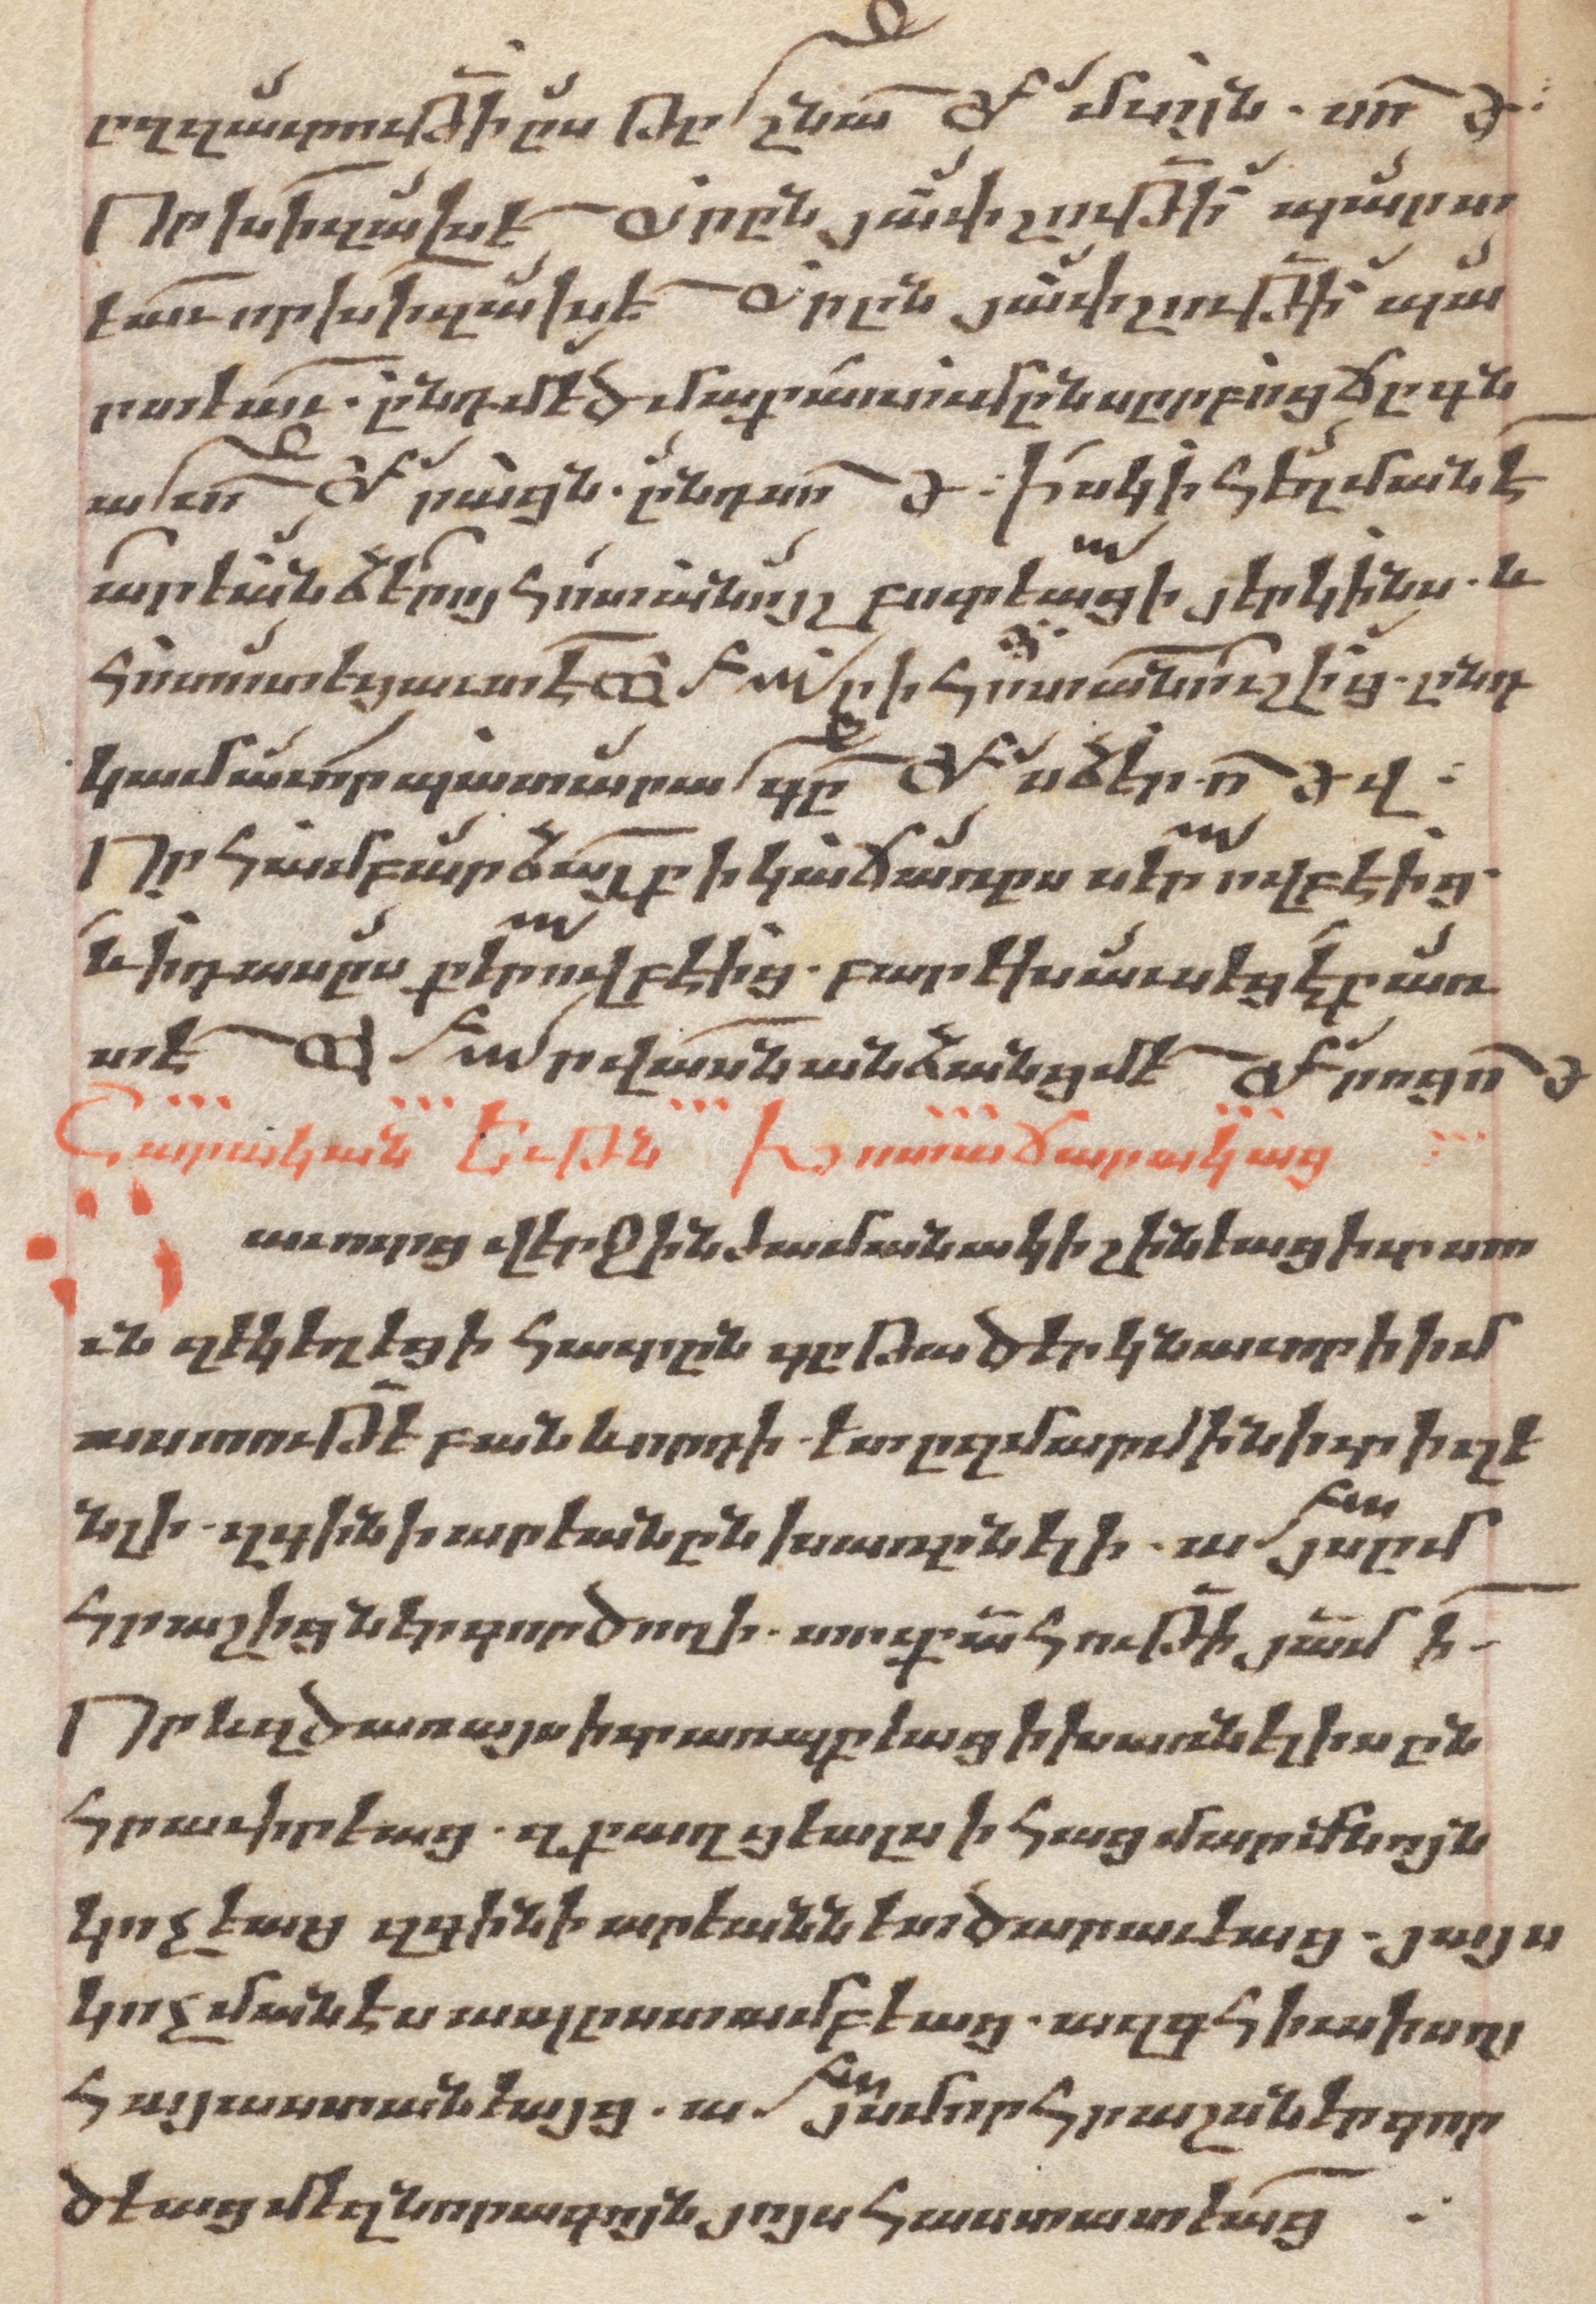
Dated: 1662–1662